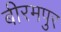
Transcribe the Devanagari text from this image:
बीरमपुर